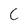
Character: C